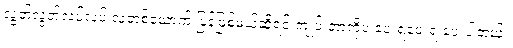
လွတ်လွတ်လပ်လပ် လူတစ်ယောက် ပြန်ဖြစ်မယ်ဆိုရင် ကျုပ် ဘာကိုပဲ ပေးရပေးရ ပေးပါတယ်။